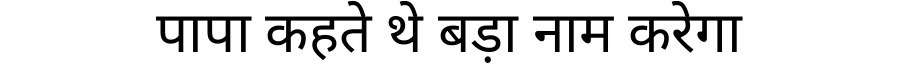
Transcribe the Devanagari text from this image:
पापा कहते थे बड़ा नाम करेगा